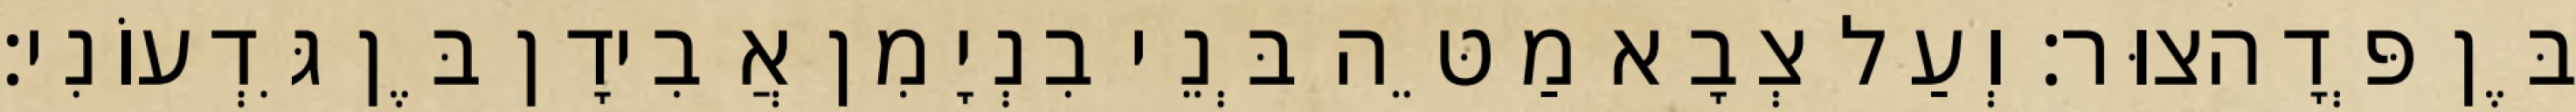
בֶּן פְּדָהצוּר׃ וְעַל צְבָא מַטֵּה בְּנֵי בִנְיָמִן אֲבִידָן בֶּן גִּדְעוֹנִי׃